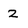
Character: 2